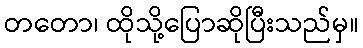
တတော၊ ထိုသို့ပြောဆိုပြီးသည်မှ။